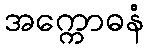
အက္ကောဓနံ